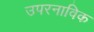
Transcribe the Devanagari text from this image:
उपरनाविक